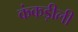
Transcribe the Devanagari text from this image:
कंकड़ीली